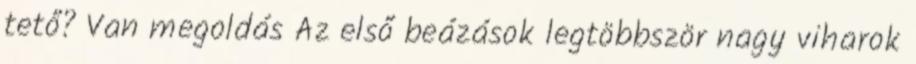
tető? Van megoldás Az első beázások legtöbbször nagy viharok